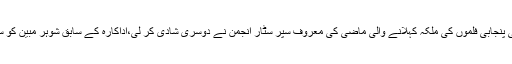
لاہور (مانیٹرنگ ڈیسک ) پاکستانی پنجابی فلموں کی ملکہ کہلانے والی ماضی کی معروف سپر سٹار انجمن نے دوسری شادی کر لی،اداکارہ کے سابق شوہر مبین کو سال 2013 میں قتل کر دیا گیا تھا۔